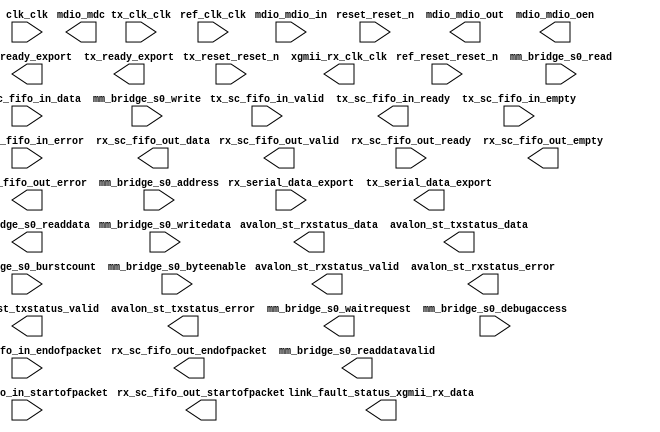

module qsys_10g (
	clk_clk,
	reset_reset_n,
	tx_clk_clk,
	tx_reset_reset_n,
	ref_clk_clk,
	ref_reset_reset_n,
	avalon_st_rxstatus_valid,
	avalon_st_rxstatus_data,
	avalon_st_rxstatus_error,
	link_fault_status_xgmii_rx_data,
	rx_serial_data_export,
	tx_serial_data_export,
	rx_ready_export,
	tx_ready_export,
	tx_sc_fifo_in_data,
	tx_sc_fifo_in_valid,
	tx_sc_fifo_in_ready,
	tx_sc_fifo_in_startofpacket,
	tx_sc_fifo_in_endofpacket,
	tx_sc_fifo_in_empty,
	tx_sc_fifo_in_error,
	rx_sc_fifo_out_data,
	rx_sc_fifo_out_valid,
	rx_sc_fifo_out_ready,
	rx_sc_fifo_out_startofpacket,
	rx_sc_fifo_out_endofpacket,
	rx_sc_fifo_out_empty,
	rx_sc_fifo_out_error,
	mdio_mdc,
	mdio_mdio_in,
	mdio_mdio_out,
	mdio_mdio_oen,
	avalon_st_txstatus_data,
	avalon_st_txstatus_valid,
	avalon_st_txstatus_error,
	xgmii_rx_clk_clk,
	mm_bridge_s0_waitrequest,
	mm_bridge_s0_readdata,
	mm_bridge_s0_readdatavalid,
	mm_bridge_s0_burstcount,
	mm_bridge_s0_writedata,
	mm_bridge_s0_address,
	mm_bridge_s0_write,
	mm_bridge_s0_read,
	mm_bridge_s0_byteenable,
	mm_bridge_s0_debugaccess);	

	input		clk_clk;
	input		reset_reset_n;
	input		tx_clk_clk;
	input		tx_reset_reset_n;
	input		ref_clk_clk;
	input		ref_reset_reset_n;
	output		avalon_st_rxstatus_valid;
	output	[39:0]	avalon_st_rxstatus_data;
	output	[6:0]	avalon_st_rxstatus_error;
	output	[1:0]	link_fault_status_xgmii_rx_data;
	input		rx_serial_data_export;
	output	[0:0]	tx_serial_data_export;
	output		rx_ready_export;
	output		tx_ready_export;
	input	[63:0]	tx_sc_fifo_in_data;
	input		tx_sc_fifo_in_valid;
	output		tx_sc_fifo_in_ready;
	input		tx_sc_fifo_in_startofpacket;
	input		tx_sc_fifo_in_endofpacket;
	input	[2:0]	tx_sc_fifo_in_empty;
	input		tx_sc_fifo_in_error;
	output	[63:0]	rx_sc_fifo_out_data;
	output		rx_sc_fifo_out_valid;
	input		rx_sc_fifo_out_ready;
	output		rx_sc_fifo_out_startofpacket;
	output		rx_sc_fifo_out_endofpacket;
	output	[2:0]	rx_sc_fifo_out_empty;
	output	[5:0]	rx_sc_fifo_out_error;
	output		mdio_mdc;
	input		mdio_mdio_in;
	output		mdio_mdio_out;
	output		mdio_mdio_oen;
	output	[39:0]	avalon_st_txstatus_data;
	output		avalon_st_txstatus_valid;
	output	[6:0]	avalon_st_txstatus_error;
	output		xgmii_rx_clk_clk;
	output		mm_bridge_s0_waitrequest;
	output	[31:0]	mm_bridge_s0_readdata;
	output		mm_bridge_s0_readdatavalid;
	input	[3:0]	mm_bridge_s0_burstcount;
	input	[31:0]	mm_bridge_s0_writedata;
	input	[23:0]	mm_bridge_s0_address;
	input		mm_bridge_s0_write;
	input		mm_bridge_s0_read;
	input	[3:0]	mm_bridge_s0_byteenable;
	input		mm_bridge_s0_debugaccess;
endmodule